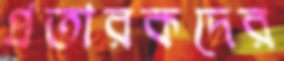
প্রতারকদের